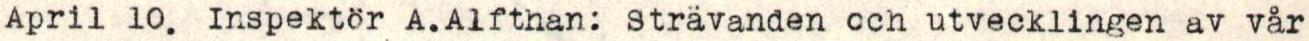
April 10. Inspektör A.Alfthan: Strävanden cch utvecklingen av vår